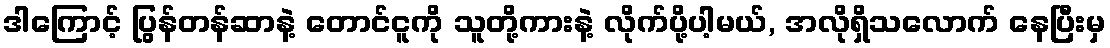
ဒါကြောင့် ပြွန်တန်ဆာနဲ့ တောင်ငူကို သူတို့ကားနဲ့ လိုက်ပို့ပါ့မယ်, အလိုရှိသလောက် နေပြီးမှ